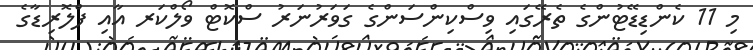
މި 11 ކެންޑިޑޭޓުންގެ ތެރޭގައި ވިސްކިންސަންގެ ގަވަރުނަރު ސްކޮޓް ވޯލްކަރ އާއި ފްލޮރިޑާގެ